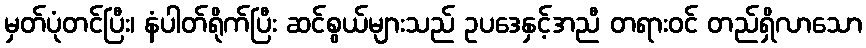
မှတ်ပုံတင်ပြီး၊ နံပါတ်ရိုက်ပြီး ဆင်စွယ်များသည် ဥပဒေနှင့်အညီ တရားဝင် တည်ရှိလာသော